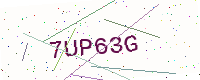
Text: 7UP63G